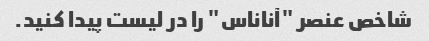
شاخص عنصر "آناناس" را در لیست پیدا کنید.